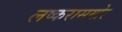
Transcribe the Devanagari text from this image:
लष्करासमोर